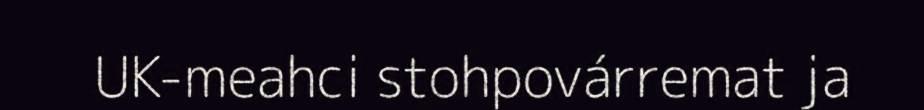
UK-meahci stohpovárremat ja